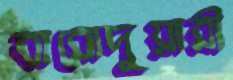
বারোদুয়ারী